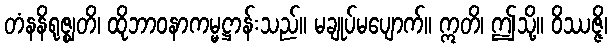
တံနနိရုဇ္ဈတိ၊ ထိုဘာဝနာကမ္မဋ္ဌာန်းသည်။ မချုပ်မပျောက်။ ဣတိ၊ ဤသို့။ ဝိဿဇ္ဇိ၊